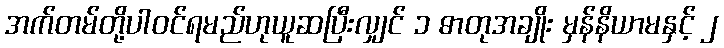
အက်တမ်တို့ပါဝင်ရမည်ဟုယူဆပြီးလျှင် ၁ ဓာတုအချိုး မှန်နိယာမနှင့် ၂